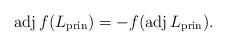
LaTeX: \begin{align*}\operatorname{adj}f(L_\mathrm{prin})=-f(\operatorname{adj}L_\mathrm{prin}).\end{align*}